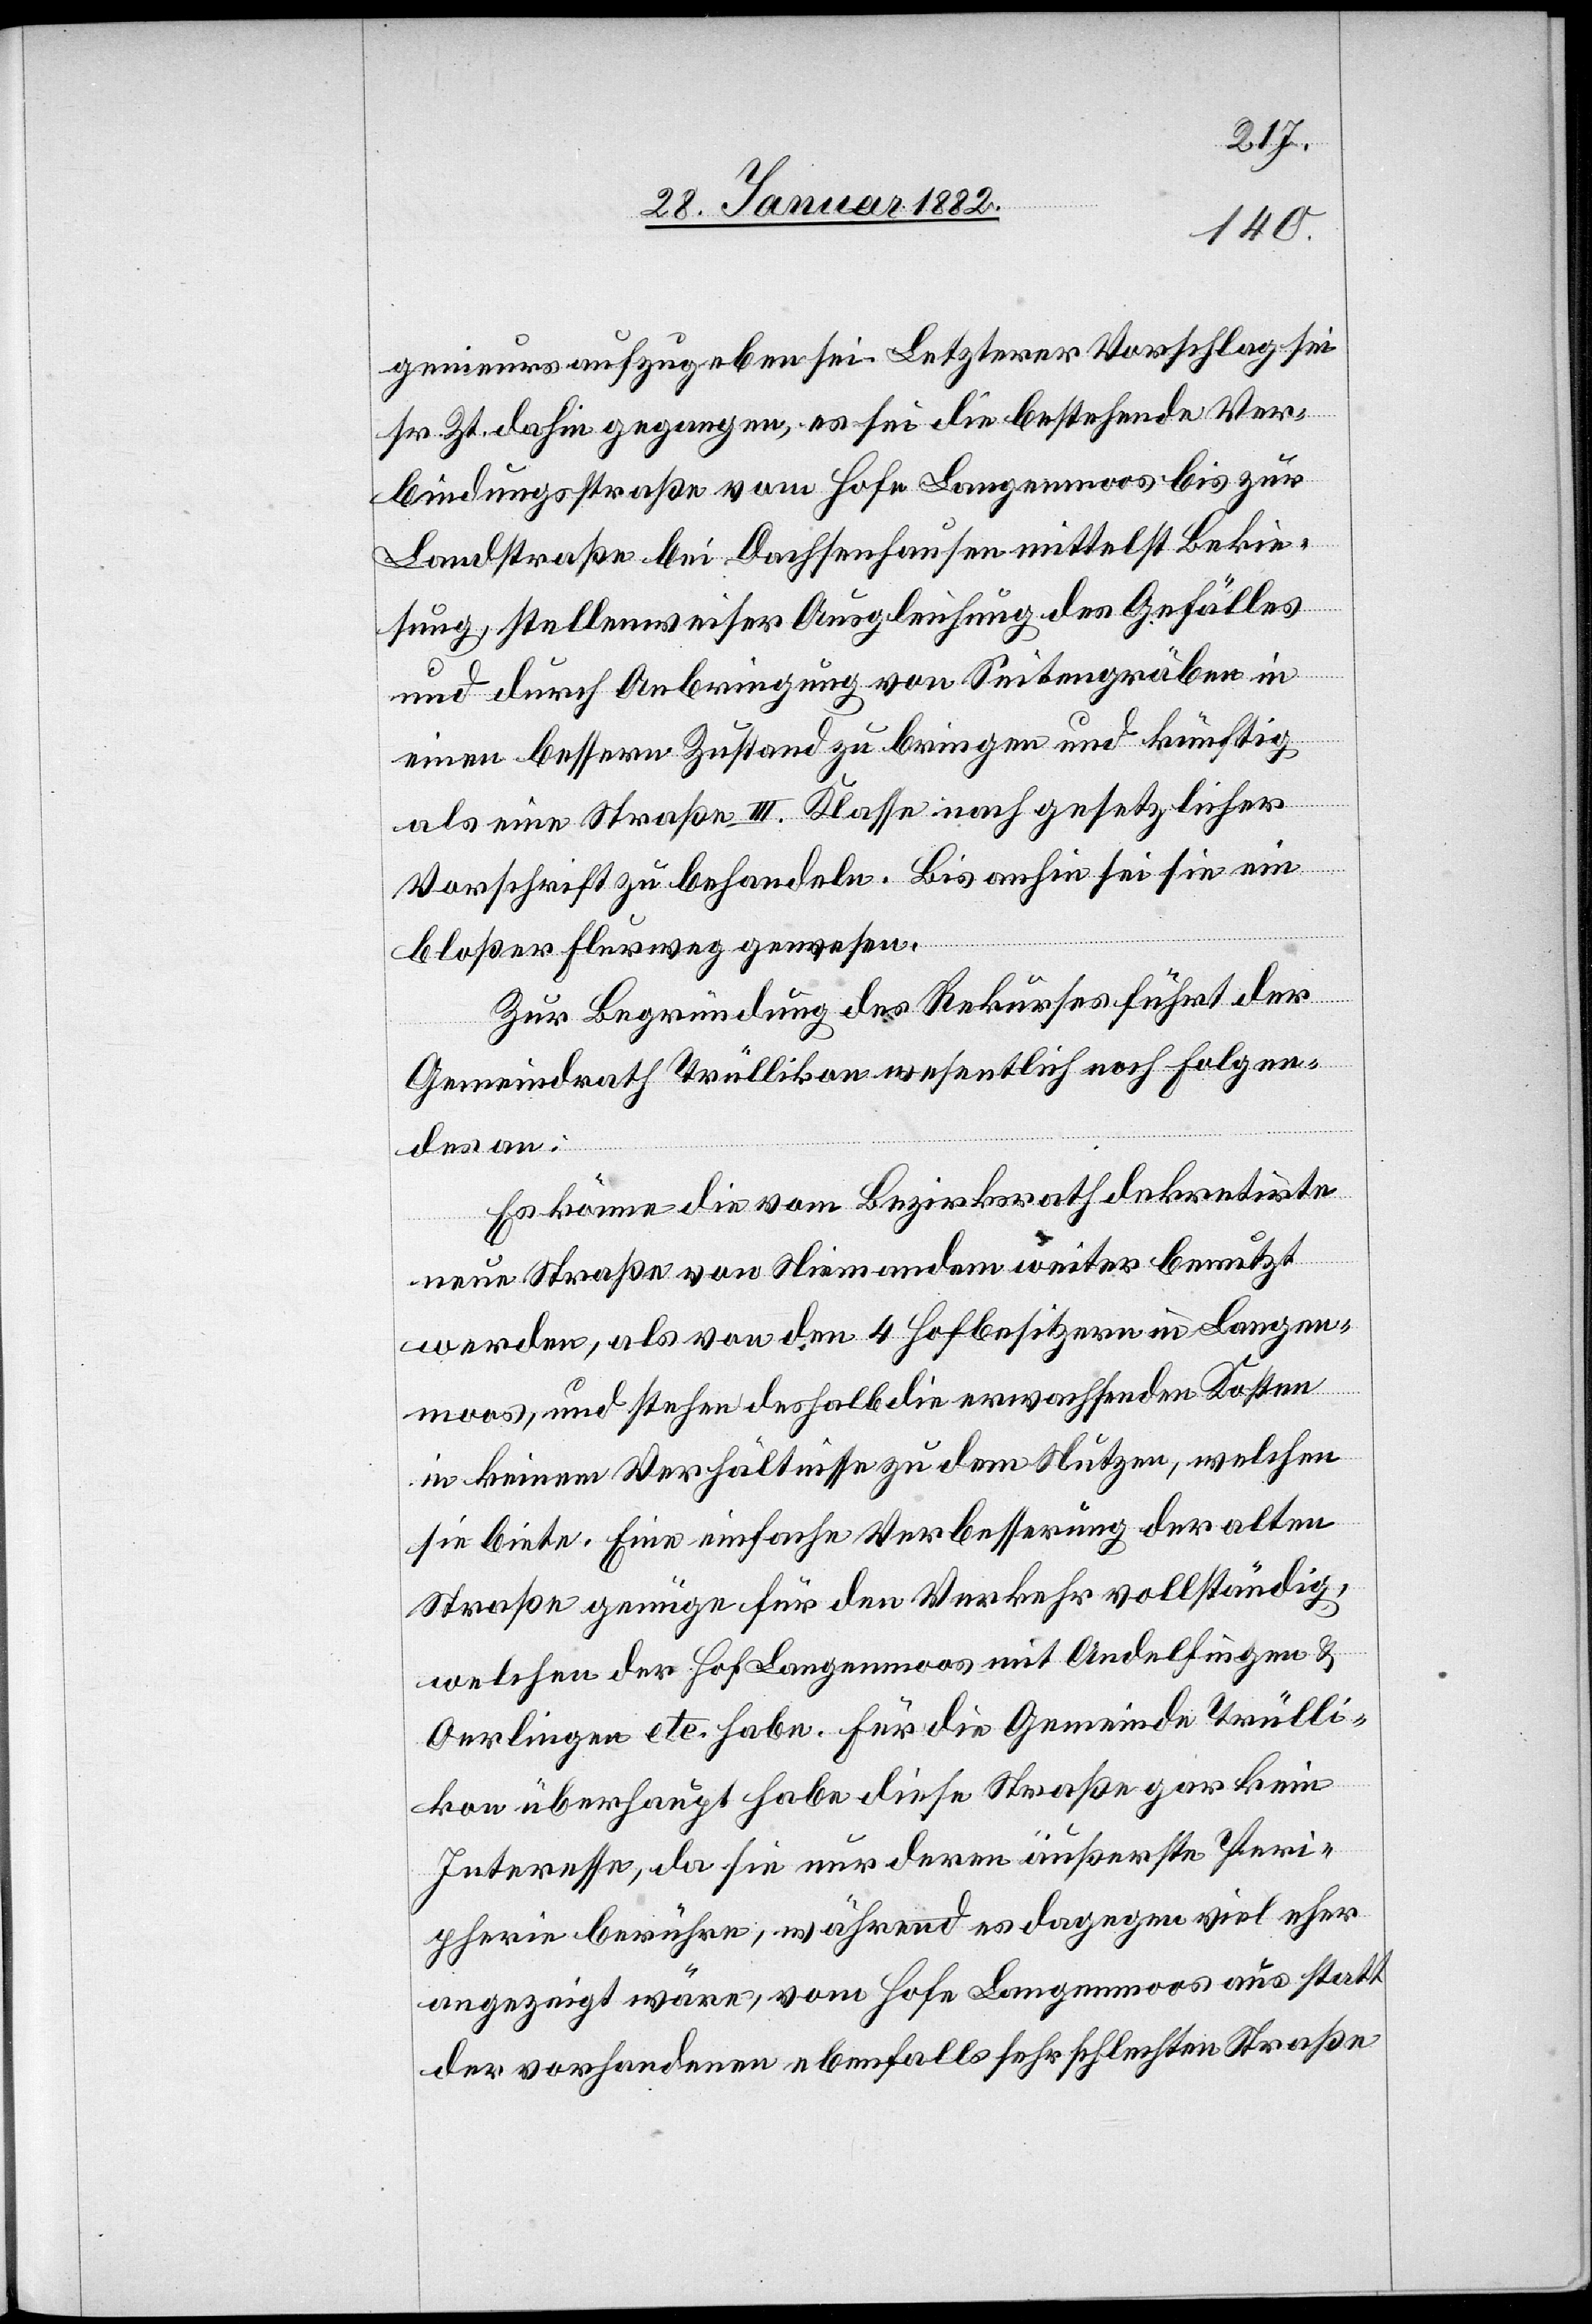
genieurs aufzugeben sei. Letzterer Vorschlag sei
sr. Zr. dahin gegangen, es sei die bestehende Ver¬
bindungstraße bei Dachsenhausen mittelst Bek¬
ie¬
sung, stellenweiser Ausgleichung des Gefälles
und durch Anbringung von Seitengräben in
einen bessern Zustand zu bringen und künftig
als eine Straße III. Klasse nach gesetzlicher
Vorschrift zu behandeln. Bis anhin sei sie ein
bloßer Flurweg gewesen.
Zur Begründung des Rekurses führt der
Gemeindrath Trüllikon wesentlich noch folgen¬
des an:
Es könne die vom Bezirksrath dekretirte
neue Straße von Niemandem weiter benutzt
werden, als von den 4 Hofbesitzern in Langen¬
moos, und stehen deshalb die erwachsenden Kosten
in keinem Verhältnisse zu dem Nutzen, welchen
sie biete. Eine einfache Verbesserung der alten
Straße genüge für den Verkehr vollständig,
welchen der Hof Langenmoos mit Andelfingen &
Oerlingen etc. habe. Für die Gemeinde Trülli¬
kon überhaupt habe diese Straße gar kein
Interesse, da sie nur deren äußerste Peri¬
pherie berühre, während es dagegen viel eher
angezeigt wäre, vom Hofe Langenmoos aus statt
der vorhandenen ebenfalls sehr schlechten Straße